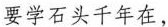
要学石头千年在，